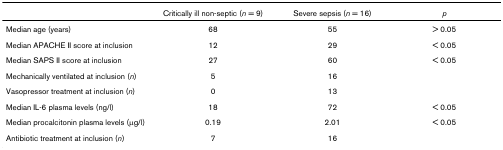
<table><thead><tr><td></td><td><b>Critically ill non-septic (<i>n </i>= 9)</b></td><td><b>Severe sepsis (<i>n </i>= 16)</b></td><td><b><i>p</i></b></td></tr></thead><tbody><tr><td>Median age (years)</td><td>68</td><td>55</td><td>&gt; 0.05</td></tr><tr><td>Median APACHE II score at inclusion</td><td>12</td><td>29</td><td>&lt; 0.05</td></tr><tr><td>Median SAPS II score at inclusion</td><td>27</td><td>60</td><td>&lt; 0.05</td></tr><tr><td>Mechanically ventilated at inclusion (<i>n</i>)</td><td>5</td><td>16</td><td></td></tr><tr><td>Vasopressor treatment at inclusion (<i>n</i>)</td><td>0</td><td>13</td><td></td></tr><tr><td>Median IL-6 plasma levels (ng/l)</td><td>18</td><td>72</td><td>&lt; 0.05</td></tr><tr><td>Median procalcitonin plasma levels (μg/l)</td><td>0.19</td><td>2.01</td><td>&lt; 0.05</td></tr><tr><td>Antibiotic treatment at inclusion (<i>n</i>)</td><td>7</td><td>16</td><td></td></tr></tbody></table>